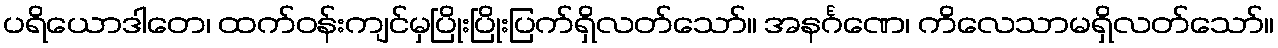
ပရိယောဒါတေ၊ ထက်ဝန်းကျင်မှပြိုးပြိုးပြက်ရှိလတ်သော်။ အနင်္ဂဏေ၊ ကိလေသာမရှိလတ်သော်။